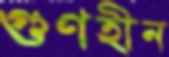
গুণহীন